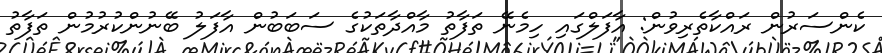
ކެންސަރުން ރައްކާތެރިވުން: އާފަލްގައި ހިމެނޭ ތަފާތު މާއްދާތަކުގެ ސަބަބުން އާފަލު ބޭނުންކުރުމުން ތަފާތު